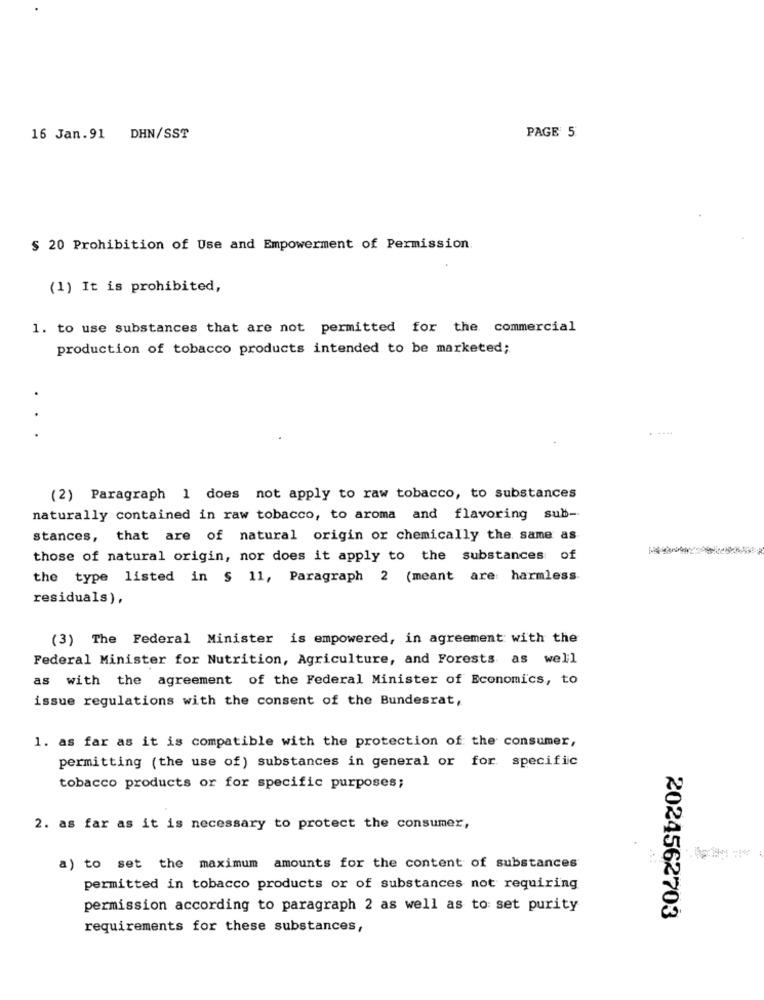
16 Jan.91 DHN/SST
PAGE 5
$ 20 Prohibition of Use and Empowerment of Permission.
(1) It is prohibited,
1. to use substances that are not permitted for the commercial
production of tobacco products intended to be marketed;
......
...
(2) Paragraph 1 does not apply to raw tobacco, to substances
naturally contained in raw tobacco, to aroma and flavoring sub-
stances, that are of natural origin or chemically the same as
those of natural origin, nor does it apply to the substances of
the type listed in § 11, Paragraph 2 (meant are harmless
residuals),
(3) The Federal Minister is empowered, in agreement with the
Federal Minister for Nutrition, Agriculture, and Forests as well
as with the agreement of the Federal Minister of Economics, to
issue regulations with the consent of the Bundesrat,
1. as far as it is compatible with the protection of the consumer,
permitting (the use of) substances in general or for specific
tobacco products or for specific purposes;
2. as far as it is necessary to protect the consumer,
a) to set the maximum amounts for the content of substances
permitted in tobacco products or of substances not requiring
permission according to paragraph 2 as well as to set purity
2024562703
requirements for these substances,